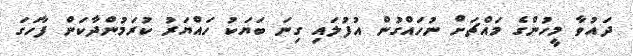
ދައުވާ މީހުންގެ މައްޗަށް ނުހައްގުން އުފުލައި ގިނަ ބަޔަކު ހައްޔަރު ކުރަމުންދާކަން ފާހަގަ